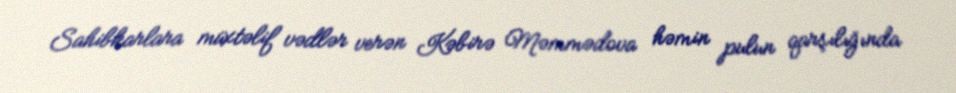
Sahibkarlara müxtəlif vədlər verən Kəbirə Məmmədova həmin pulun qarşılığında